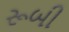
રૂબી